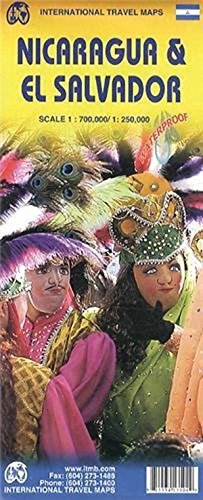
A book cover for By ITMB Canada Nicaragua & El Salvador 1:700 000/1:250 000 water proof map. (International Travel Maps) (5th) [Map]; Travel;